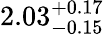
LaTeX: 2.03_{-0.15}^{+0.17}